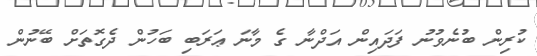
ކުރިން ބުނެވުނު ފަދައިން އަދްނާ ގެ މާނަ ޢަރަބި ބަހުން ދެގޮތަށް ބޭނުން